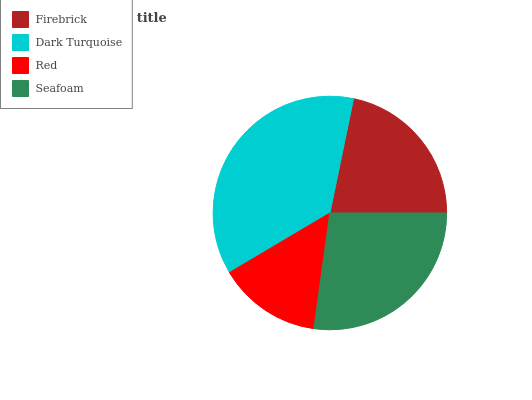
| Firebrick | Dark Turquoise | Red | Seafoam |
 | --- | --- | --- | --- |
 | 21.8% | 36.7% | 14.3% | 27.2% |